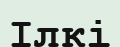
Ілкі